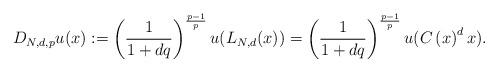
LaTeX: \begin{align*}D_{N,d,p}u(x):=\left( \frac{1}{1+dq}\right) ^{\frac{p-1}{p}}u(L_{N,d}(x))=\left( \frac{1}{1+dq}\right) ^{\frac{p-1}{p}}u(C\left( x\right)^{d}x).\end{align*}